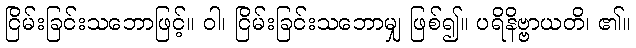
ငြိမ်းခြင်းသဘောဖြင့်။ ဝါ၊ ငြိမ်းခြင်းသဘောမျှ ဖြစ်၍။ ပရိနိဗ္ဗာယတိ၊ ၏။